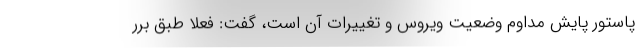
پاستور پایش مداوم وضعیت ویروس و تغییرات آن است، گفت: فعلا طبق برر